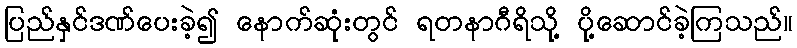
ပြည်နှင်ဒဏ်ပေးခဲ့၍ နောက်ဆုံးတွင် ရတနာဂီရိသို့ ပို့ဆောင်ခဲ့ကြသည်။